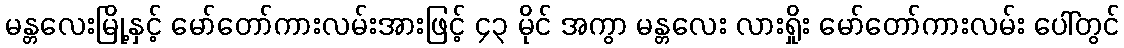
မန္တလေးမြို့နှင့် မော်တော်ကားလမ်းအားဖြင့် ၄၃ မိုင် အကွာ မန္တလေး လားရှိုး မော်တော်ကားလမ်း ပေါ်တွင်